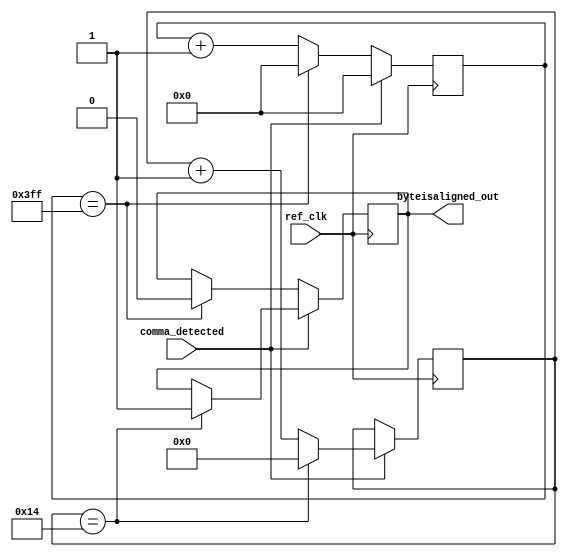
`timescale 1ns / 1ps

module gtx_byteisaligned(
	input ref_clk,
	input comma_detected,
	output byteisaligned_out
);

parameter no_detect_threshold = 1023;
parameter byte_aligned_threshold = 20;

reg [$clog2(no_detect_threshold+1)-1:0] commas_missed = 0;
reg [4:0] comma_detected_count = 5'b0;
reg byteisaligned = 1'b0;

always @(posedge ref_clk) begin

	if(comma_detected == 1'b1) begin
		commas_missed <= 0;
		if (comma_detected_count == byte_aligned_threshold) begin
		comma_detected_count <= 5'b0;
		byteisaligned <= 1'b1;
		end else comma_detected_count <= comma_detected_count + 1'b1;
	end else begin 
		if(commas_missed == no_detect_threshold) begin
			commas_missed <= 0;
			byteisaligned <= 1'b0;
		end else commas_missed <= commas_missed + 1'b1;
	end
end

assign byteisaligned_out = byteisaligned;

endmodule